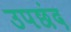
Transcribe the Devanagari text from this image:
उपछंद